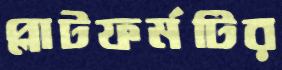
প্লাটফর্মটির